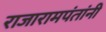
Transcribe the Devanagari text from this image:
राजारामपंतांनी